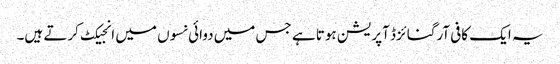
یہ ایک کافی آرگنائزڈ آپریشن ہوتا ہے جس میں دوائی نسوں میں انجیکٹ کرتے ہیں۔